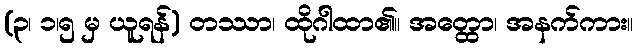
(၃၊ ၁၊၅ မှ ယူရန်) တဿာ၊ ထိုဂါထာ၏။ အတ္ထော၊ အနက်ကား။